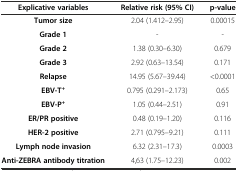
<table><thead><tr><td><b>Explicative variables</b></td><td><b>Relative risk (95% CI)</b></td><td><b>p-value</b></td></tr></thead><tbody><tr><td><b>Tumor size</b></td><td>2.04 (1.412–2.95)</td><td>0.00015</td></tr><tr><td><b>Grade 1</b></td><td>-</td><td>-</td></tr><tr><td><b>Grade 2</b></td><td>1.38 (0.30–6.30)</td><td>0.679</td></tr><tr><td><b>Grade 3</b></td><td>2.92 (0.63–13.54)</td><td>0.171</td></tr><tr><td><b>Relapse</b></td><td>14.95 (5.67–39.44)</td><td>&lt;0.0001</td></tr><tr><td><b>EBV-T</b><sup><b>+</b></sup></td><td>0.795 (0.291–2.173)</td><td>0.65</td></tr><tr><td><b>EBV-P</b><sup><b>+</b></sup></td><td>1.05 (0.44–2.51)</td><td>0.91</td></tr><tr><td><b>ER/PR positive</b></td><td>0.48 (0.19–1.20)</td><td>0.116</td></tr><tr><td><b>HER-2 positive</b></td><td>2.71 (0.795–9.21)</td><td>0.111</td></tr><tr><td><b>Lymph node invasion</b></td><td>6.32 (2.31–17.3)</td><td>0.0003</td></tr><tr><td><b>Anti-ZEBRA antibody titration</b></td><td>4,63 (1.75–12.23)</td><td>0.002</td></tr></tbody></table>